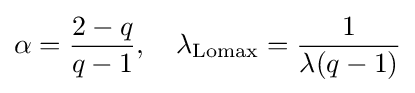
\alpha ={\frac {2-q}{q-1}},\quad \lambda _{\mathrm {Lomax} }={\frac {1}{\lambda (q-1)}}